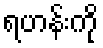
ရဟန်းကို